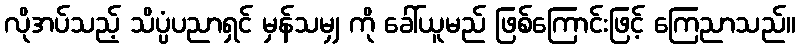
လိုအပ်သည့် သိပ္ပံပညာရှင် မှန်သမျှ ကို ခေါ်ယူမည် ဖြစ်ကြောင်းဖြင့် ကြေညာသည်။